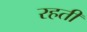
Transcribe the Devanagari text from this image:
रहती